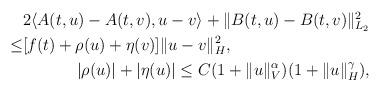
LaTeX: \begin{align*} \begin{aligned}& 2 \langle A(t,u)-A(t,v), u-v \rangle + \Vert B(t,u)-B(t,v)\Vert_{L_2}^2 \\\leq & [f(t)+ \rho(u)+\eta(v) ] \Vert u-v\Vert_{H}^2 , \\\end{aligned}\\ |\rho(u)|+|\eta(u)| \leq C (1+ \Vert u\Vert_V^{\alpha} )(1+\Vert u\Vert_H^{\gamma}),\end{align*}